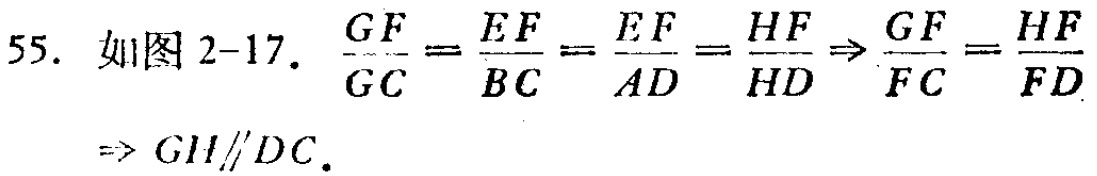
55. 如图 2-17. $\frac{GF}{GC}=\frac{EF}{BC}=\frac{EF}{AD}=\frac{HF}{HD}\Rightarrow\frac{GF}{FC}=\frac{HF}{FD}\Rightarrow GH\parallel DC.$